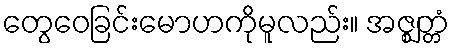
တွေဝေခြင်းမောဟကိုမူလည်း။ အဇ္ဈတ္တံ